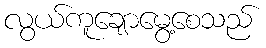
လွယ်ကူချောမွေ့စေသည်